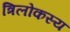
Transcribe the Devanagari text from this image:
त्रिलोकस्य